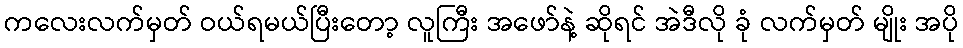
ကလေးလက်မှတ် ဝယ်ရမယ်ပြီးတော့ လူကြီး အဖော်နဲ့ ဆိုရင် အဲဒီလို ခုံ လက်မှတ် မျိုး အပို